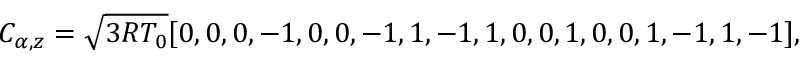
C _ { \alpha , z } = \sqrt { 3 R T _ { 0 } } [ 0 , 0 , 0 , - 1 , 0 , 0 , - 1 , 1 , - 1 , 1 , 0 , 0 , 1 , 0 , 0 , 1 , - 1 , 1 , - 1 ] ,